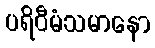
ပရိဝီမံသမာနော